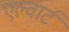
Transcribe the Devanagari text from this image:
एल्वार्ट